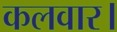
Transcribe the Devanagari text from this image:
कलवार।